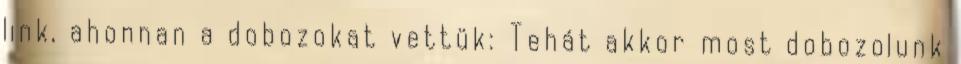
link, ahonnan a dobozokat vettük: Tehát akkor most dobozolunk